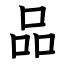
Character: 品